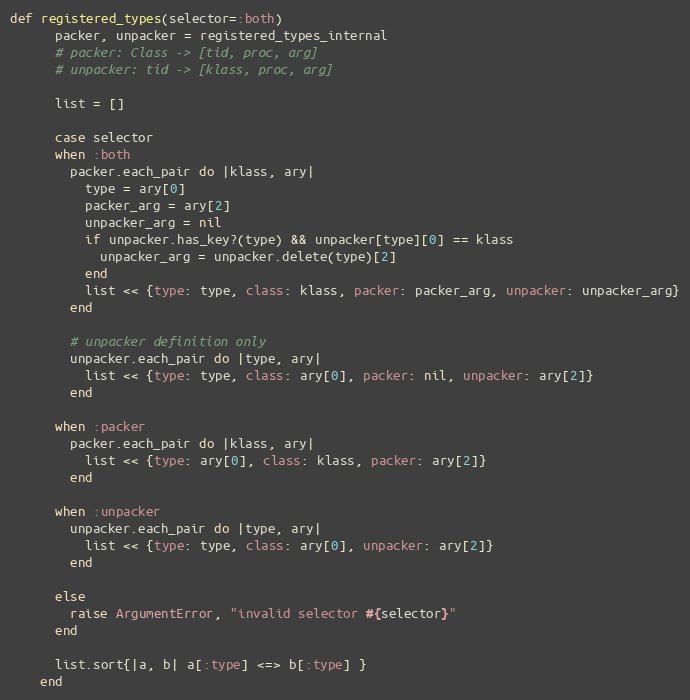
Language: Ruby
def registered_types(selector=:both)
      packer, unpacker = registered_types_internal
      # packer: Class -> [tid, proc, arg]
      # unpacker: tid -> [klass, proc, arg]

      list = []

      case selector
      when :both
        packer.each_pair do |klass, ary|
          type = ary[0]
          packer_arg = ary[2]
          unpacker_arg = nil
          if unpacker.has_key?(type) && unpacker[type][0] == klass
            unpacker_arg = unpacker.delete(type)[2]
          end
          list << {type: type, class: klass, packer: packer_arg, unpacker: unpacker_arg}
        end

        # unpacker definition only
        unpacker.each_pair do |type, ary|
          list << {type: type, class: ary[0], packer: nil, unpacker: ary[2]}
        end

      when :packer
        packer.each_pair do |klass, ary|
          list << {type: ary[0], class: klass, packer: ary[2]}
        end

      when :unpacker
        unpacker.each_pair do |type, ary|
          list << {type: type, class: ary[0], unpacker: ary[2]}
        end

      else
        raise ArgumentError, "invalid selector #{selector}"
      end

      list.sort{|a, b| a[:type] <=> b[:type] }
    end